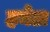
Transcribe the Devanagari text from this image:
हनेडा